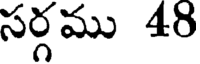
సర్గము 48